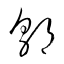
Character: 郭